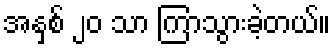
အနှစ် ၂၀ သာ ကြာသွားခဲ့တယ်။